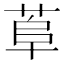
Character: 𦰺